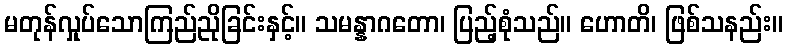
မတုန်လှုပ်သောကြည်ညိုခြင်းနှင့်။ သမန္နာဂတော၊ ပြည့်စုံသည်။ ဟောတိ၊ ဖြစ်သနည်း။